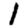
Digit: 1